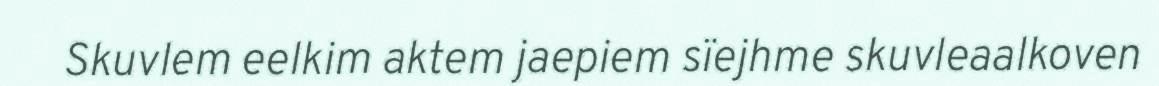
Skuvlem eelkim aktem jaepiem sïejhme skuvleaalkoven